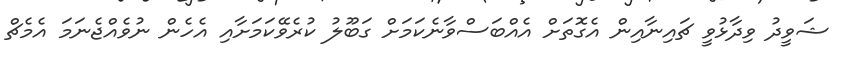
ޝަވީދު ވިދާޅުވީ ޗައިނާއިން އެގޮތަށް އެއްބަސްވާނެކަަމަށް ގަބޫލު ކުރެވޭކަމަށާއި އެހެން ނުވެއްޖެނަމަ އެމެޗް